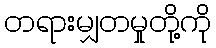
တရားမျှတမှုတို့ကို